Annual report of the Punjab Veterinary College and of the Civil Veterinary Department, Punjab - 1926-1932
Year: 1926
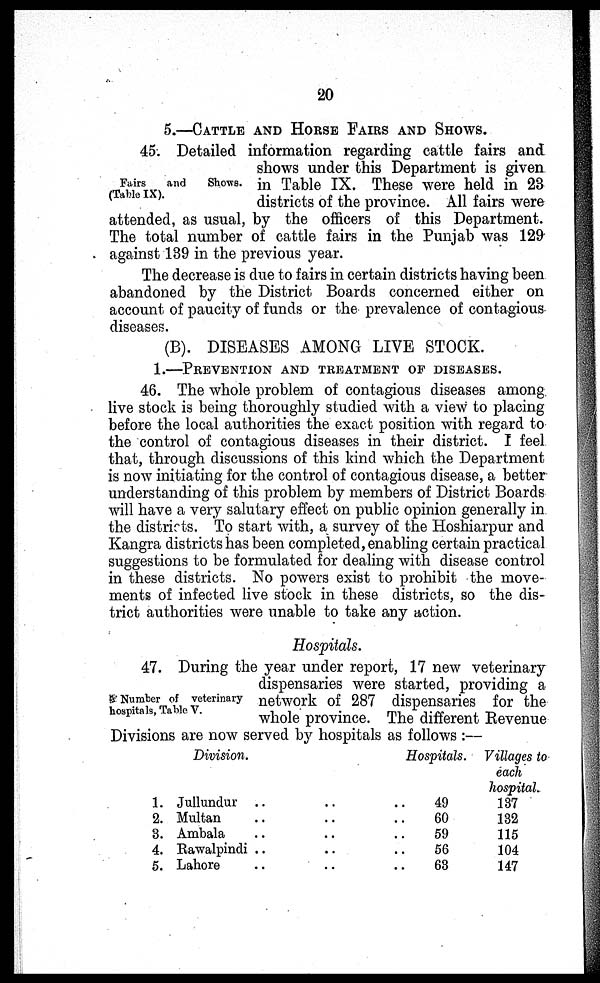
20
5.—CATTLE AND HORSE FAIRS AND SHOWS.
Fairs
and
Shows.
(Table IX).
45. Detailed information regarding cattle fairs and
shows under this Department is given
in Table IX. These were held in 23
districts of the province. All fairs were
attended, as usual, by the officers of this Department.
The total number of cattle fairs in the Punjab was 129
against 139 in the previous year.
The decrease is due to fairs in certain districts having been
abandoned by the District Boards concerned either on
account of paucity of funds or the prevalence of contagious
diseases.
(B). DISEASES AMONG LIVE STOCK.
1.—PREVENTION AND TREATMENT OF DISEASES.
46. The whole problem of contagious diseases among
live stock is being thoroughly studied with a view to placing
before the local authorities the exact position with regard to
the control of contagious diseases in their district. I feel
that, through discussions of this kind which the Department
is now initiating for the control of contagious disease, a better
understanding of this problem by members of District Boards
will have a very salutary effect on public opinion generally in
the districts. To start with, a survey of the Hoshiarpur and
Kangra districts has been completed, enabling certain practical
suggestions to be formulated for dealing with disease control
in these districts. No powers exist to prohibit the move-
ments of infected live stock in these districts, so the dis-
trict authorities were unable to take any action.
Hospitals.
Number of veterinary
hospitals, Table V.
47. During the year under report, 17 new veterinary
dispensaries were started, providing a
network of 287 dispensaries for the
whole province. The different Revenue
Divisions are now served by hospitals as follows :—
1.
2.
3.
4.
5.
Division.
Jullundur .. .. ..
Multan .. .. ..
Ambala .. .. ..
Rawalpindi .. .. ..
Lahore .. .. ..
Hospitals.
49
60
59
56
63
Villages to
each
hospital.
137
132
115
104
147